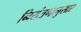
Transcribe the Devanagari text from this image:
नियंत्रणानुसार